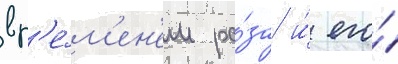
вр'е́м'ен'ем ра́за и́ его́